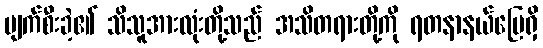
ပျက်စီးခဲ့၏ သိသူအားလုံးတို့သည် အသိတရားတို့ကို ရတနာနယ်မြေရှိ